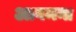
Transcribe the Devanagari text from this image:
आगमना